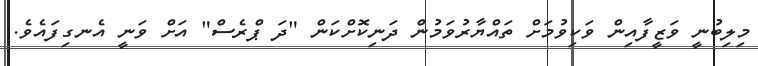
މިލިބުނީ ވަޒީފާއިން ވަކިވުމަށް ތައްޔާރުވަމުން ދަނިކޮށްކަން "ދަ ޕްރެސް" އަށް ވަނީ އެނގިފައެވެ.